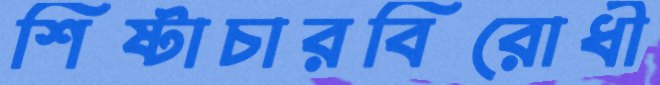
শিষ্টাচারবিরোধী